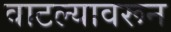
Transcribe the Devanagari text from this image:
वाटल्यावरून